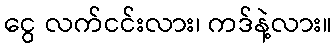
ငွေ လက်ငင်းလား၊ ကဒ်နဲ့လား။